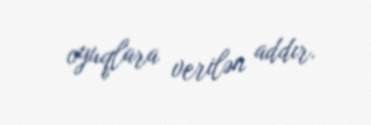
oyuqlara verilən addır.